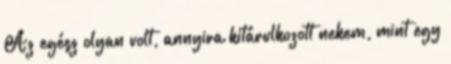
Az egész olyan volt, annyira kitárulkozott nekem, mint egy